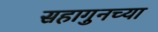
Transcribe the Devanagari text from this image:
सहागुनच्या